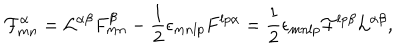
LaTeX: { \cal F } _ { m n } ^ { \alpha } = { \cal L } ^ { \alpha \beta } F _ { m n } ^ { \beta } - { \frac { 1 } { 2 } } \epsilon _ { m n l p } F ^ { l p \alpha } = { \frac { 1 } { 2 } } \epsilon _ { m n l p } { \cal F } ^ { l p \beta } { \cal L } ^ { \alpha \beta } ,